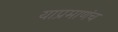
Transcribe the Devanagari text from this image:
याप्रमाणंच